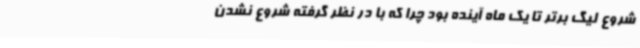
شروع لیگ برتر تا یک ماه آینده بود چرا که با در نظر گرفته شروع نشدن